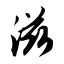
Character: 滋